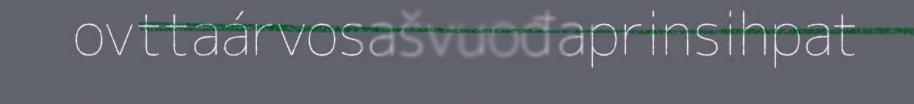
ovttaárvosašvuođaprinsihpat